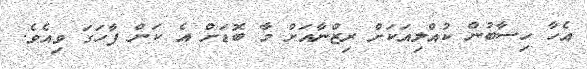
އެހާ ހިސާބުން ކުއްލިއަކަށް ރިޒްނާއަށް މާ ބޮޑަށް އެ ކަން ފާހަގަ ވިއެވެ.